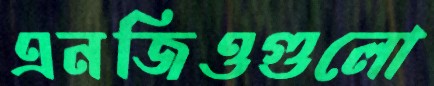
এনজিওগুলো